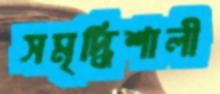
সমৃদ্ধিশালী